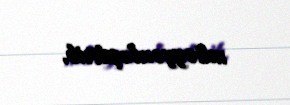
müəyyənləşdirib.